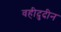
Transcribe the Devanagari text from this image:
वहीदुदीन